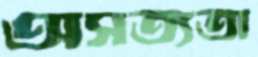
অসত্যতা